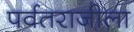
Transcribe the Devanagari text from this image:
पर्वतराजीला